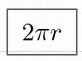
2\pi r